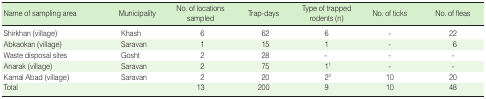
<table><thead><tr><td><b>Name of sampling area</b></td><td><b>Municipality</b></td><td><b>No. of locations sampled</b></td><td><b>Trap-days</b></td><td><b>Type of trapped rodents (n)</b></td><td><b>No. of ticks</b></td><td><b>No. of fleas</b></td></tr></thead><tbody><tr><td>Shirkhan (village)</td><td>Khash</td><td>6</td><td>62</td><td>6</td><td>-</td><td>22</td></tr><tr><td>Abkaokan (village)</td><td>Saravan</td><td>1</td><td>15</td><td>1</td><td>-</td><td>6</td></tr><tr><td>Waste disposal sites</td><td>Gosht</td><td>2</td><td>28</td><td>-</td><td>-</td><td>-</td></tr><tr><td>Anarak (village)</td><td>Saravan</td><td>2</td><td>75</td><td>1<sup>1</sup></td><td>-</td><td>-</td></tr><tr><td>Kamal Abad (village)</td><td>Saravan</td><td>2</td><td>20</td><td>2<sup>2</sup></td><td>10</td><td>20</td></tr><tr><td>Total</td><td></td><td>13</td><td>200</td><td>9</td><td>10</td><td>48</td></tr></tbody></table>